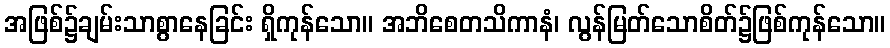
အဖြစ်၌ချမ်းသာစွာနေခြင်း ရှိကုန်သော။ အဘိစေတသိကာနံ၊ လွန်မြတ်သောစိတ်၌ဖြစ်ကုန်သော။